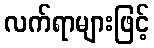
လက်ရာများဖြင့်